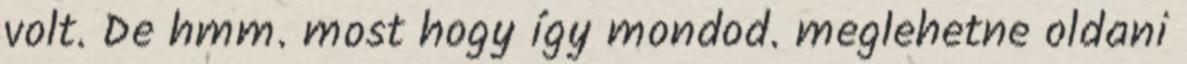
volt. De hmm. most hogy így mondod. meglehetne oldani